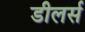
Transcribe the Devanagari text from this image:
डीलर्स